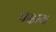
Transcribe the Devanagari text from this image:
पदाय